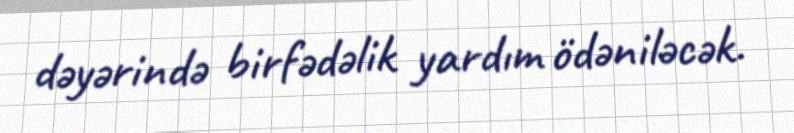
dəyərində birfədəlik yardım ödəniləcək.